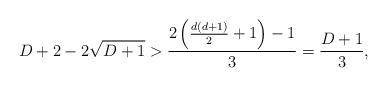
LaTeX: \begin{align*} D+2 - 2\sqrt{D+1}> \frac{2\left(\frac{d(d+1)}{2} + 1 \right)-1}{3} =\frac{D + 1}{3},\end{align*}